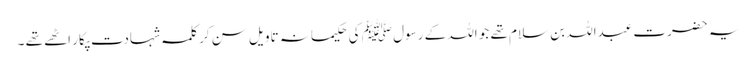
یہ حضرت عبداللہ بن سلام تھے جو اللہ کے رسول ﷺ کی حکیمانہ تاویل سن کر کلمہ شہادت پکار اٹھے تھے ۔